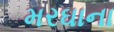
મરઘાના